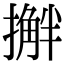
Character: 𫾅